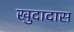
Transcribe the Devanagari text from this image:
खुदादास